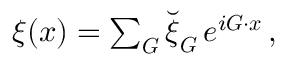
\begin{array} { r } { \boldsymbol \xi ( \boldsymbol x ) = \sum _ { \boldsymbol G } \breve { \boldsymbol \xi } _ { \boldsymbol G } \, e ^ { i \boldsymbol G \cdot \boldsymbol x } \, , } \end{array}